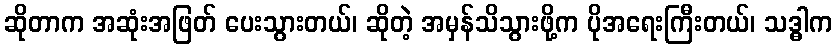
ဆိုတာက အဆုံးအဖြတ် ပေးသွားတယ်၊ ဆိုတဲ့ အမှန်သိသွားဖို့က ပိုအရေးကြီးတယ်၊ သဒ္ဓါက